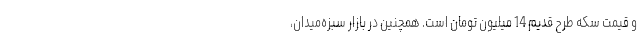
و قیمت سکه طرح قدیم 14 میلیون تومان است. همچنین در بازار سبزه‌میدان،